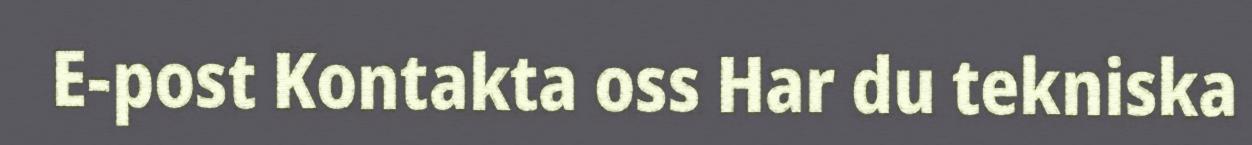
E-post Kontakta oss Har du tekniska